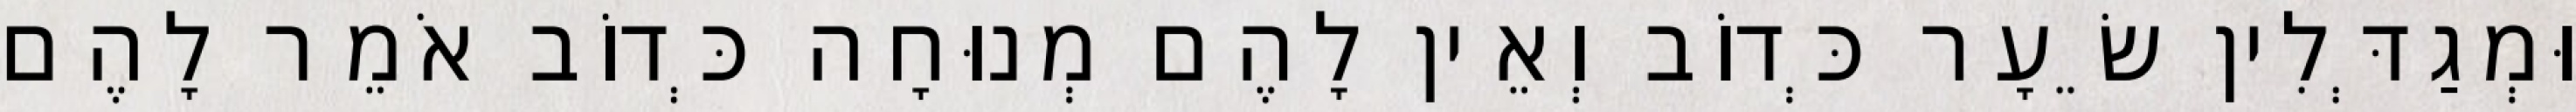
וּמְגַדְּלִין שֵׂעָר כְּדוֹב וְאֵין לָהֶם מְנוּחָה כְּדוֹב אֹמֵר לָהֶם